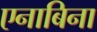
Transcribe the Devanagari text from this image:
एनाबिना